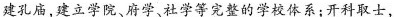
建孔庙，建立学院、府学、社学等完整的学校体系；开科取士，